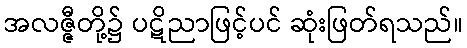
အလဇ္ဇီတို့၌ ပဋိညာဖြင့်ပင် ဆုံးဖြတ်ရသည်။